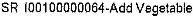
SR I00100000064-ADD VEGETABLE